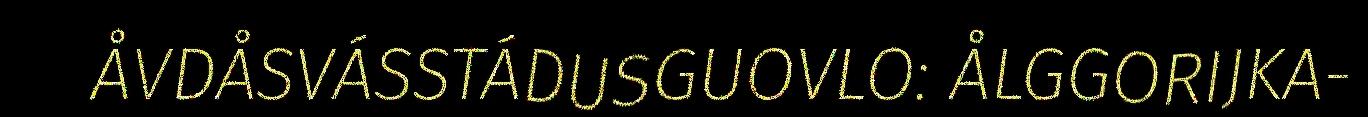
ÅVDÅSVÁSSTÁDUSGUOVLO: ÅLGGORIJKA-